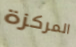
المركزة